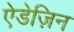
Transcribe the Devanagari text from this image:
ऐडेज़िन